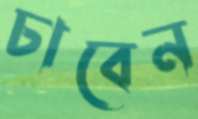
চাবেন